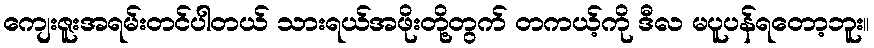
ကျေးဇူးအရမ်းတင်ပါတယ် သားရယ်အဖိုးတို့တွက် တကယ့်ကို ဒီလ မပူပန်ရတော့ဘူး။